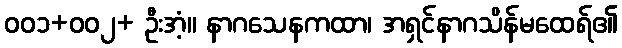
၀၀၁+၀၀၂+ ဦးအံ့။ နာဂသေနကထာ၊ အရှင်နာဂသိန်မထေရ်၏